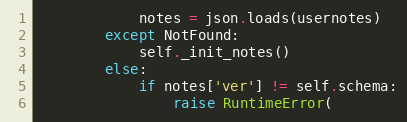
Language: Python
            notes = json.loads(usernotes)
        except NotFound:
            self._init_notes()
        else:
            if notes['ver'] != self.schema:
                raise RuntimeError(